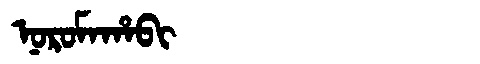
Manchu: ᠨᠣᡵᠣᠮᠠᡥᠠᠪᡳ
Romanization: NOROMAHABI